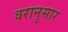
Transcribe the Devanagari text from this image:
वरानुसार